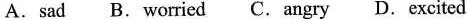
A. sad B. worried B. angry C.excited